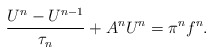
\begin{align*}\frac{U^n-U^{n-1}}{\tau_n}+A^n U^n=\pi^n f^n.\end{align*}